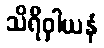
သိရိဝှါယနံ